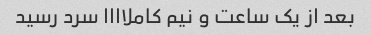
بعد از یک‌ ساعت و نیم کاملاااا سرد رسید